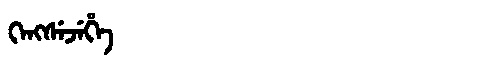
Manchu: ᡴᡝᠩᠰᡝᠵᡝᡥᡝ
Romanization: KENGSEJEHE